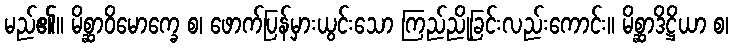
မည်၏။ မိစ္ဆာဝိမောက္ခေ စ၊ ဖောက်ပြန်မှားယွင်းသော ကြည်ညိုခြင်းလည်းကောင်း။ မိစ္ဆာဒိဋ္ဌိယာ စ၊